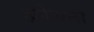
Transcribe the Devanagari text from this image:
हलेचना